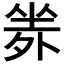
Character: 𡎦